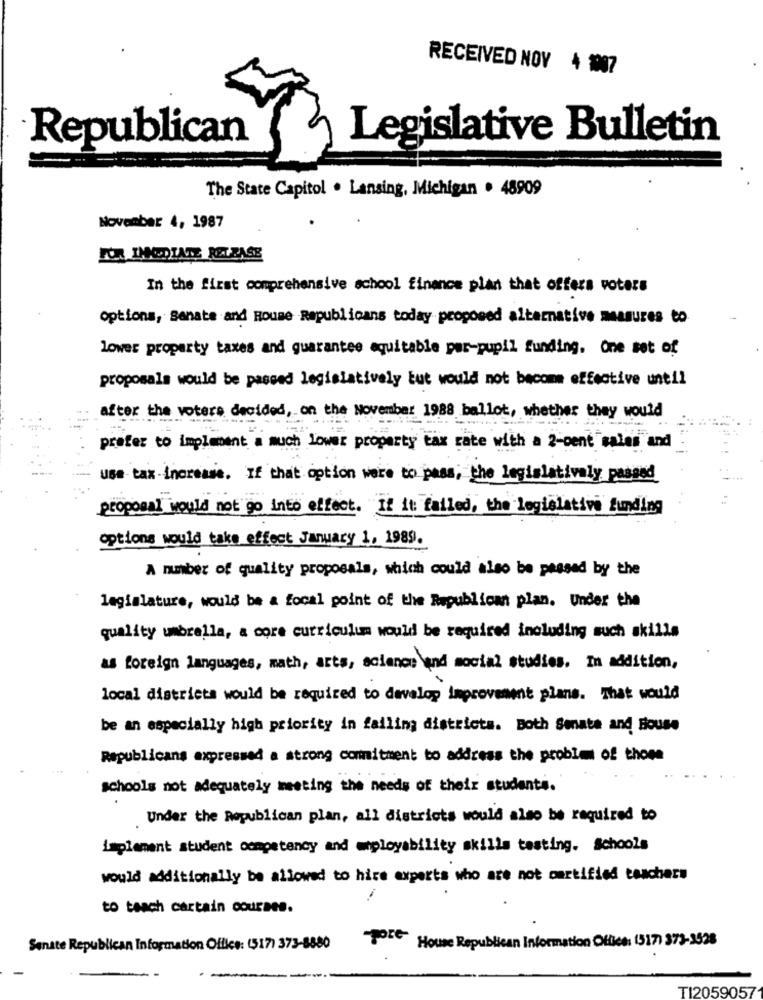
RECEIVED NOV 4 1007
Legislative Bulletin
Republican
The State Capitol . Lansing, Michigan . 48909
November 4, 1987
FOR IMODIATE RELEASE
In the first comprehensive school finance plan that offers voters
options, Senate and Roume Republicans today proposed alternative measures to
lower property taxes and guarantee aquitable per-pupil funding. One set of
proposals would be passed legislatively tut would not become effective until
after the voters decided, on the November 1988 ballot, whether they would
prefer to implement a much lower property tax rate with a 2-cent sales and
use tax-increase. If that option were to pass; the legislativaly passed
proposal would not go into effect. If it failed, the legislative funding
options would take effect January 1, 1989.
A number of quality proposals, which could also be passed by the
legislature, would be a focal point of the Republican plan. Under the
quality umbrella, a core curriculum would be required including such skills
foreign languages, math, arts, science and social studies. In addition,
local districts would be required to develop improvement plans. That would
be an especially high priority in failing districts. Both Senate and House
Republicans expressed a strong commitment to address the problem of those
schools not adequately meeting the needs of their students.
Under the Republican plan, all districts would also be required to
implement student competency and mployability skills testing. Schools
would additionally be allowed to hice experts who are not certified teachers
to teach cartain courses.
pore
House Republican Information Office: (517) 373-3528
Senate Republican Information Office: (517) 373-8880
-
TI2059057